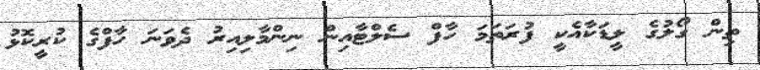
ތިން ގޯލުގެ ލީޑަކާއެކީ ފުރަތަމަ ހާފް ސެލްޓާއިން ނިންމާލިއިރު ދެވަނަ ހާފްގެ ކުރީކޮޅު